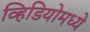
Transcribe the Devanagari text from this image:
व्हिडियोमध्ये